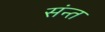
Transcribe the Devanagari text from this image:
संन्त